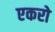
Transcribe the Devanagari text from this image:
एकरो